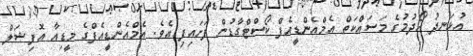
އުޅަނދު ހޯދުމުގެ މަސައްކަތް އެމްއެންޑީއެފް ކޯސްޓްގާޑުން ފަށައިފި އެވެ. އެމްއެންޑީއެފްގެ މީޑިއާ އޮފިޝަލް